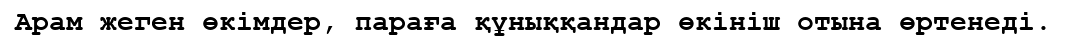
Арам жеген өкімдер, параға құныққандар өкініш отына өртенеді.